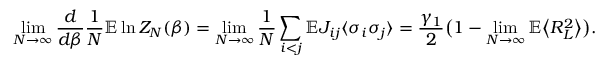
\operatorname* { l i m } _ { N \to \infty } \frac { d } { d \beta } \frac { 1 } { N } \mathbb E \ln Z _ { N } ( \beta ) = \operatorname* { l i m } _ { N \to \infty } \frac { 1 } { N } \sum _ { i < j } \mathbb E J _ { i j } \langle \sigma _ { i } \sigma _ { j } \rangle = \frac { \gamma _ { 1 } } { 2 } \big ( 1 - \operatorname* { l i m } _ { N \to \infty } \mathbb E \bigl \langle R _ { L } ^ { 2 } \bigr \rangle \big ) .